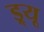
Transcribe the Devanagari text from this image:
ड्र्यू